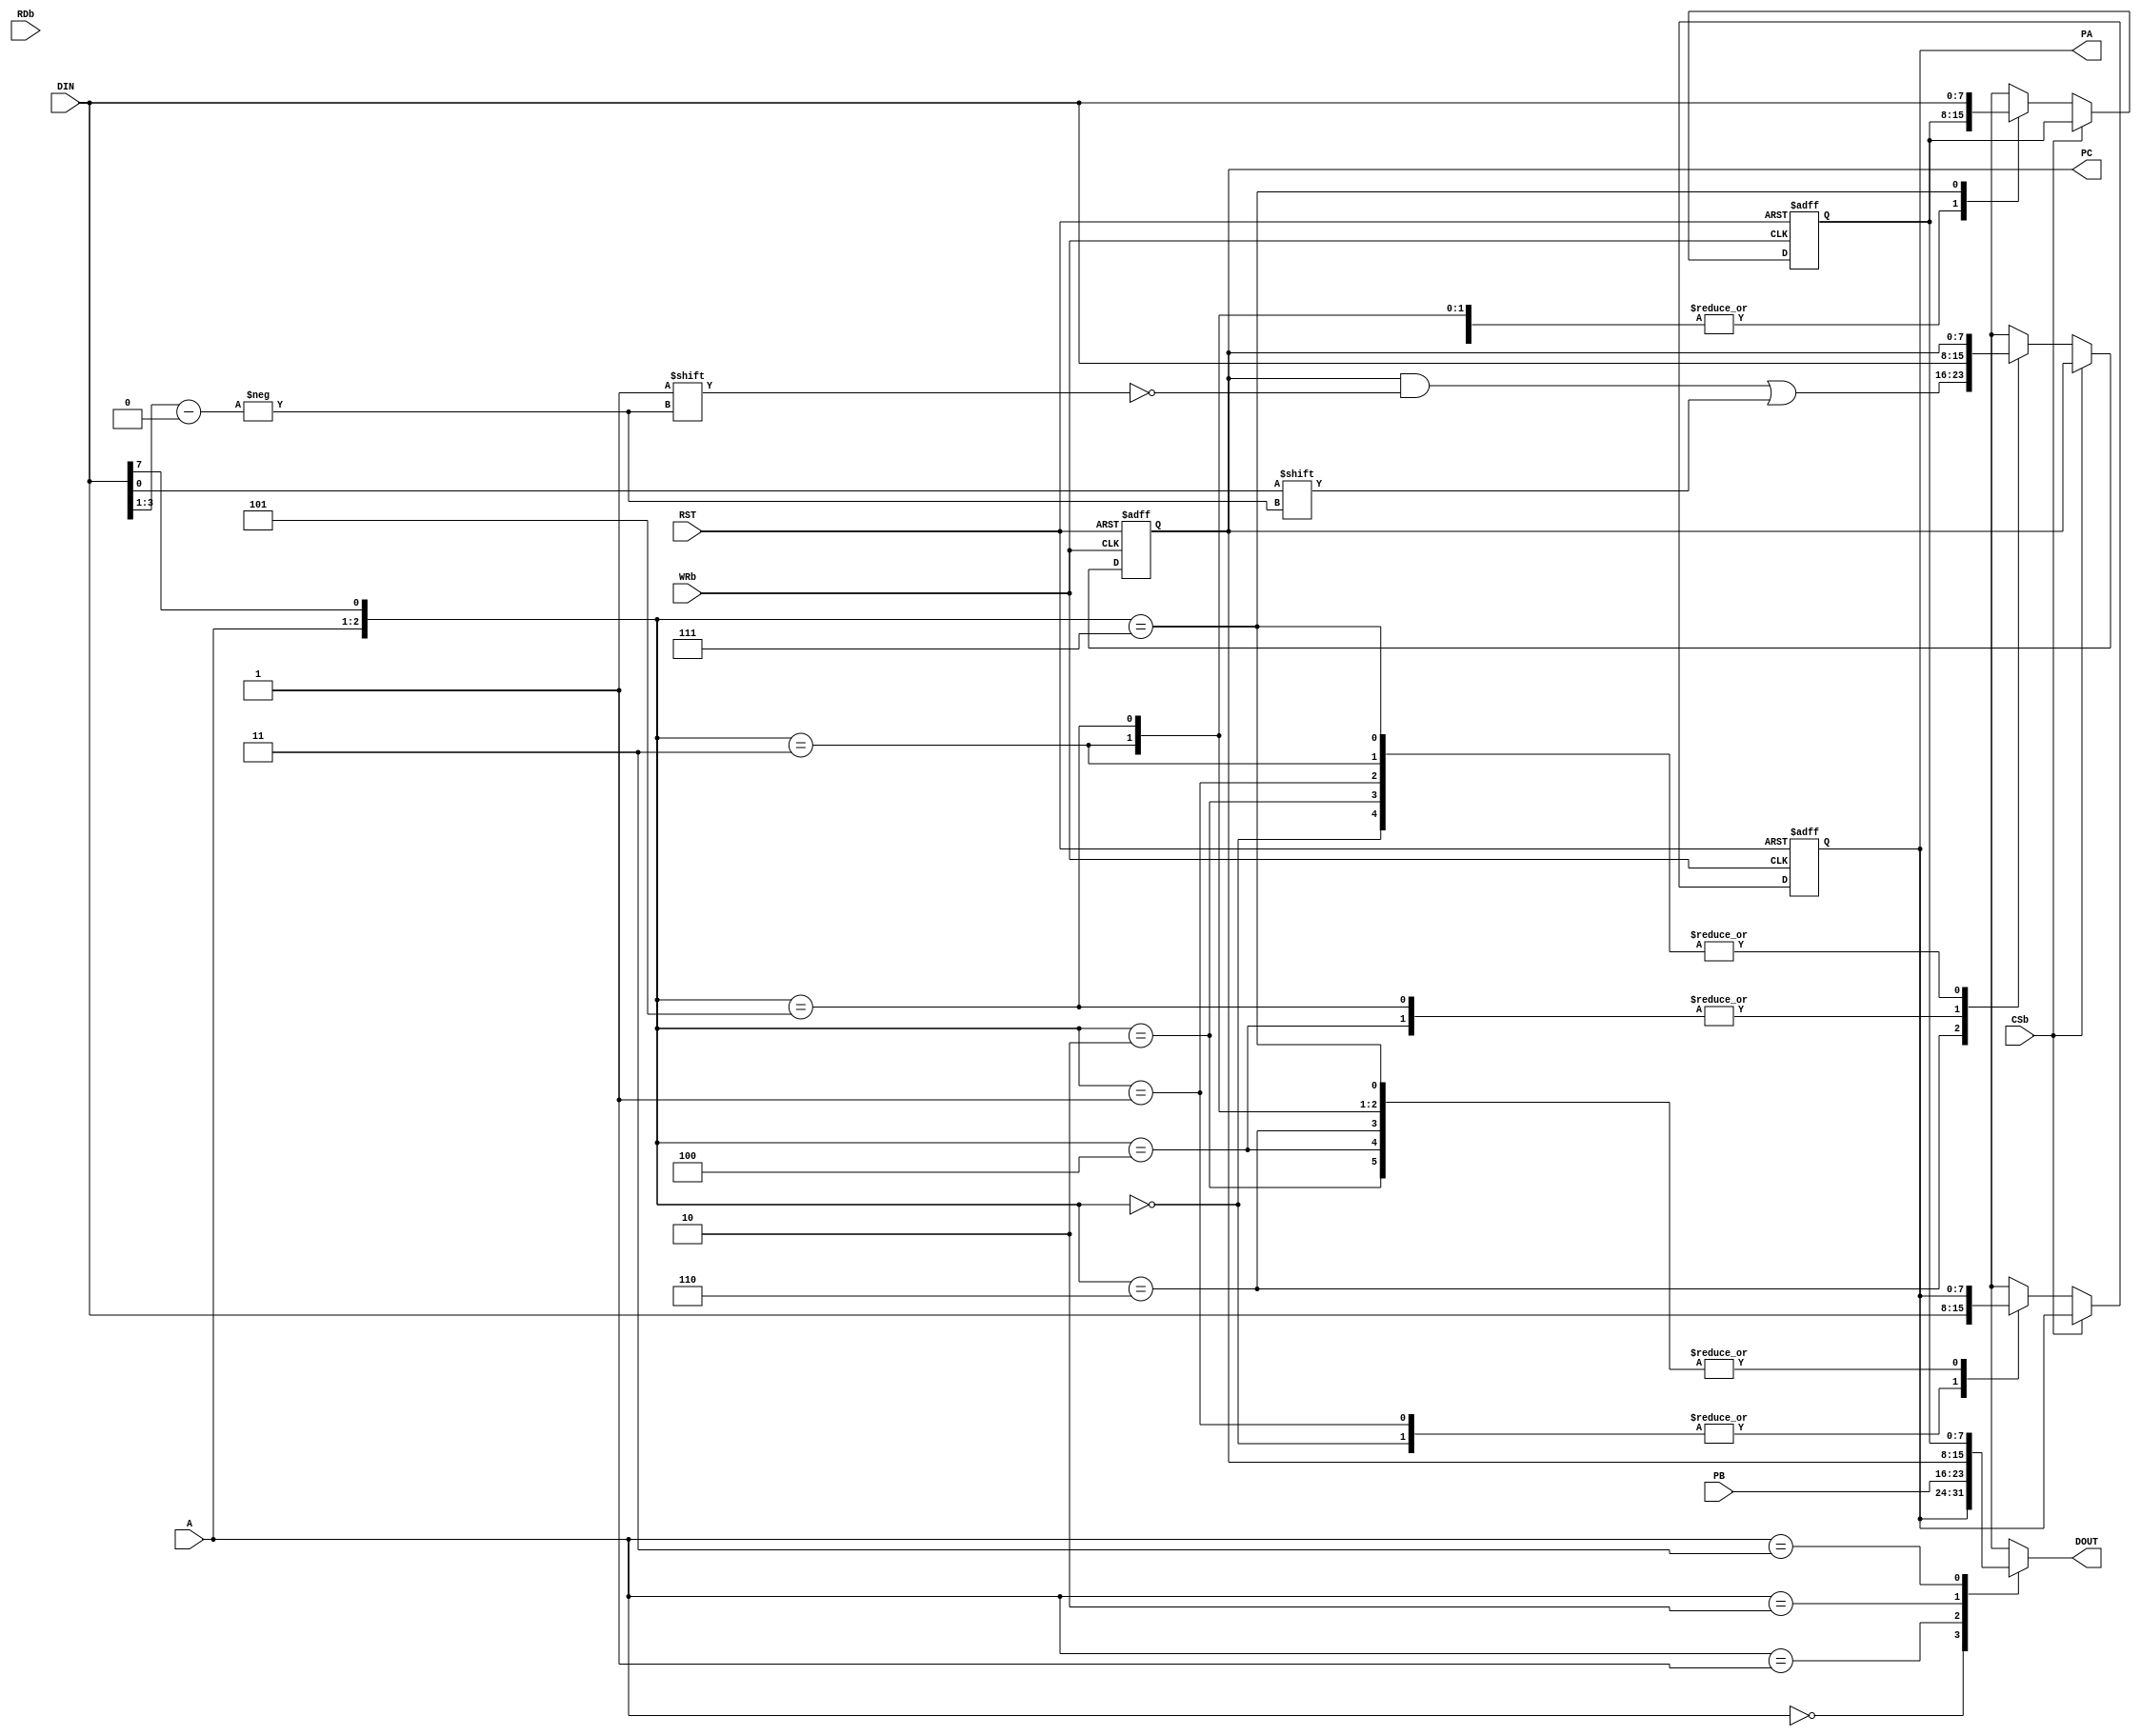
module PPI8255(
	input RST,
	input [1:0] A,
	input CSb,
	input RDb,
	input WRb,
	input [7:0] DIN,
	
	input [7:0] PB,
	output [7:0] PA,
	output [7:0] PC,
	
	output reg [7:0] DOUT
);

	reg [7:0] REGA;
	reg [7:0] REGB;
	reg [7:0] REGC;

	reg [7:0] regCTRL;	// Mode Definition Register
	
	assign PA = REGA;
	assign PC = REGC;
	
	always @(*)
	begin
		case (A)
			2'b00: DOUT = REGA;
			2'b01: DOUT = PB;
			2'b10: DOUT = REGC;
			2'b11: DOUT = regCTRL;
		endcase
	end
	
	// Writing 
	always @(posedge RST or posedge WRb)
	begin
		if (RST)
		begin
			regCTRL = 8'h9b;
			REGA = 8'h00;
			REGB = 8'h00;
			REGC = 8'h00;
		end
		else if (~CSb)
			begin
				case ({A,DIN[7]})
					3'b000: REGA = DIN;
					3'b010: REGB = DIN;
					3'b100: REGC = DIN;
					3'b110: REGC[ DIN[3:1] ] = DIN[0];
					
					3'b001: REGA = DIN;
					3'b011: REGB = DIN;
					3'b101: REGC = DIN;
					3'b111: regCTRL = DIN;
					
				endcase
			end
	end
	
	
	
	
	
endmodule